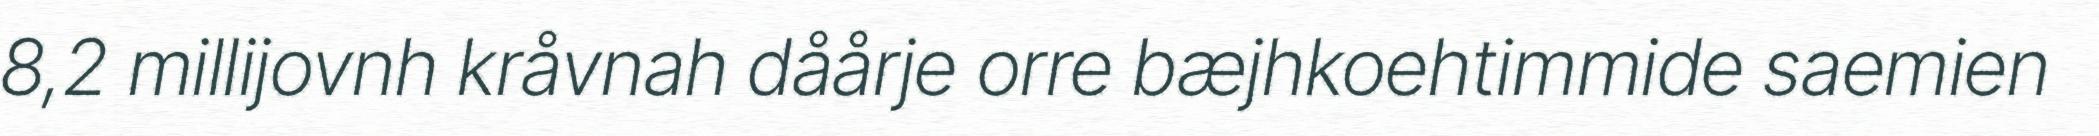
8,2 millijovnh kråvnah dåårje orre bæjhkoehtimmide saemien